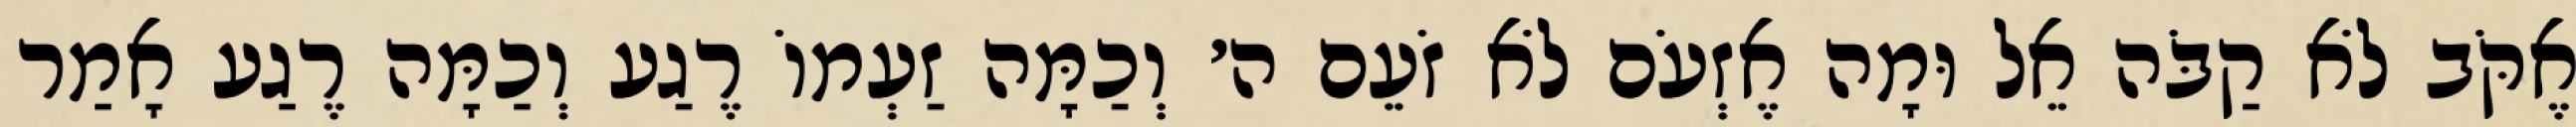
אֶקֹּב לֹא קַבֹּה אֵל וּמָה אֶזְעֹם לֹא זֹעֵם ה׳ וְכַמָּה זַעְמוֹ רֶגַע וְכַמָּה רֶגַע אָמַר